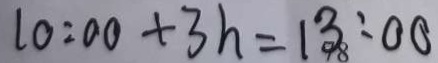
1 0 : 0 0 + 3 h = 1 3 : 0 0